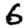
Digit: 6